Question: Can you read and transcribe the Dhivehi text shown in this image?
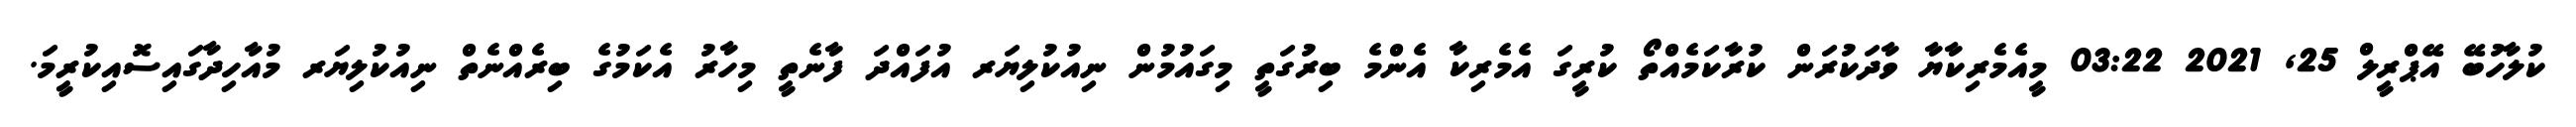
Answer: ކުލާހުބޭ އޭޕްރީލް 25, 2021 03:22 މީއެމެރިކާޔާ ވާދަކުރަން ކުރާކަމެއްތޯ ކުރީގަ އެމެރިކާ އެންމެ ބިރުގަތީ މިގައުމުން ނިއުކުލިޔަރ އުފައްދަ ފާނެތީ މިހާރު އެކަމުގެ ބިރެއްނެތް ނިއުކުލިޔަރ މުއާހިދާގައިސޮއިކުރީމަ.